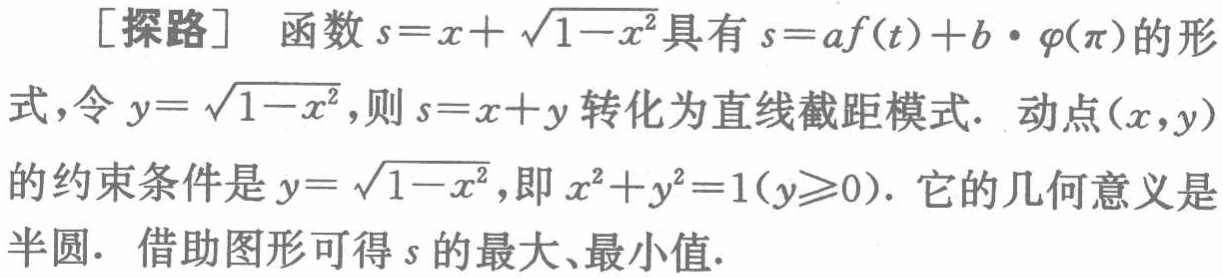
[探路] 函数 \(s = x+\sqrt{1 - x^{2}}\) 具有 \(s = af(t)+b\cdot\varphi(\pi)\) 的形式，令 \(y = \sqrt{1 - x^{2}}\)，则 \(s = x + y\) 转化为直线截距模式. 动点 \((x,y)\) 的约束条件是 \(y = \sqrt{1 - x^{2}}\)，即 \(x^{2}+y^{2}=1(y\geqslant0)\). 它的几何意义是半圆. 借助图形可得 \(s\) 的最大、最小值.